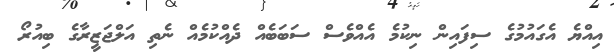
އިއްޔެ އެގައުމުގެ ސިފައިން ނިކުމެ އެއްވެސް ސަބަބެއް ދެއްކުމެއް ނެތި އަލްޖަޒީރާގެ ބިއުރޯ